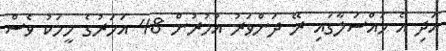
އަދި އެ މައްސަލާގައި ރޭ ދަންވަރު އުމުރުން 48 އަހަރުގެ މީހަކު ވެސް